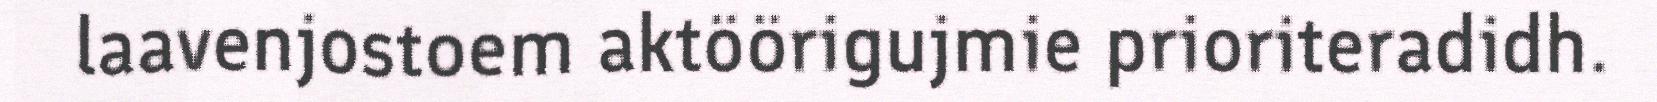
laavenjostoem aktöörigujmie prioriteradidh.